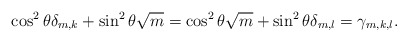
\begin{align*}\cos^2 \theta \delta_{m,k} + \sin^2 \theta \sqrt{m}= \cos^2 \theta \sqrt{m} + \sin^2 \theta \delta_{m,l}= \gamma_{m,k,l}.\end{align*}